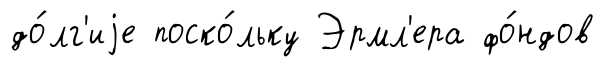
до́лг'иjе поско́льку Эрмл'ера фо́ндов